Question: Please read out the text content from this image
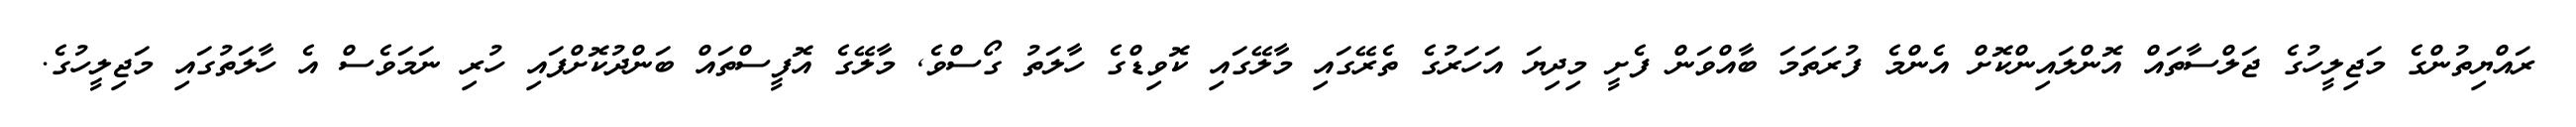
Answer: ރައްޔިތުންގެ މަޖިލީހުގެ ޖަލްސާތައް އޮންލައިންކޮށް އެންމެ ފުރަތަމަ ބާއްވަން ފެށީ މިދިޔަ އަހަރުގެ ތެރޭގައި މާލޭގައި ކޮވިޑްގެ ހާލަތު ގޯސްވެ, މާލޭގެ އޮފީސްތައް ބަންދުކޮށްފައި ހުރި ނަމަވެސް އެ ހާލަތުގައި މަޖިލީހުގެ.